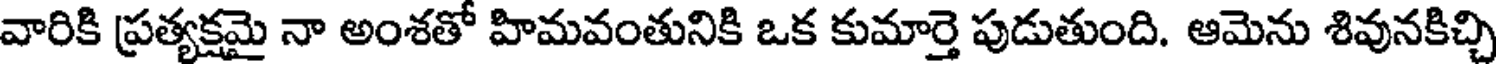
వారికి ప్రత్యక్షమై నా అంశతో హిమవంతునికి ఒక కుమార్తె పుడుతుంది. ఆమెను శివునకిచ్చి